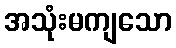
အသုံးမကျသော